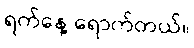
ရက်နေ့ ရောက်တယ်။